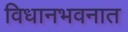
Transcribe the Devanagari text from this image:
विधानभवनात